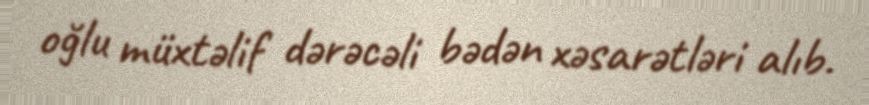
oğlu müxtəlif dərəcəli bədən xəsarətləri alıb.